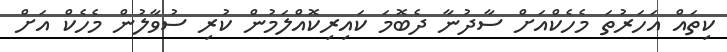
ކިތައް އަހަރުތަ މެހެކްއަށް ސާދުނާ ދެބޮމަ ކައިރިކޮއްލަމުން ކުރި ސުވާލުން މެހެކް އަށް